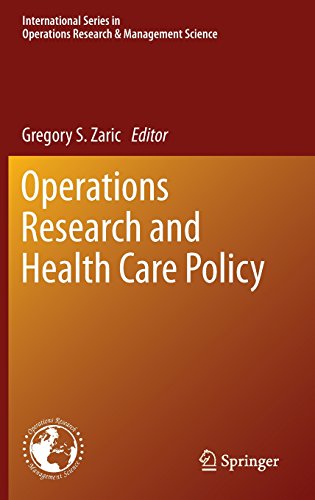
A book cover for Operations Research and Health Care Policy (International Series in Operations Research & Management Science); Business & Money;